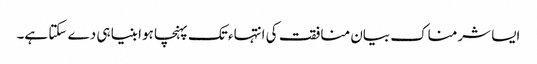
ایسا شرمناک بیان منافقت کی انتہاء تک پہنچا ہوا بنیا ہی دے سکتا ہے۔